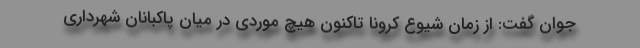
جوان گفت: از زمان شیوع کرونا تاکنون هیچ موردی در میان پاکبانان شهرداری